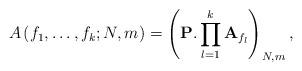
LaTeX: \begin{align*}A\left(f_{1},\ldots,f_{k};N,m\right)=\left(\mathbf{P}.\prod_{l=1}^{k}\mathbf{A}_{f_{l}}\right)_{N,m},\end{align*}